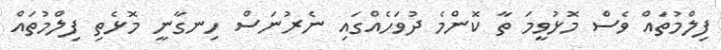
ފިލްމުތައް ވެސް މޮޅުވީމަ ތާ ކޮންމެ ދުވަހެއްގައި ނެރުނަސް ހިނގާނީ މޮޅެތި ފިލްމުތައް